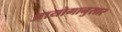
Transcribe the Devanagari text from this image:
आयोगानुसार